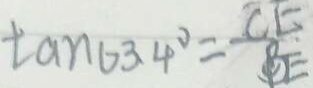
\tan 6 3 . 4 ^ { \circ } = \frac { C E } { B E }